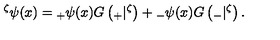
{ } ^ { \zeta } \psi ( x ) = { } _ { + } \psi ( x ) G \left( { } _ { + } | { } ^ { \zeta } \right) + { } _ { - } \psi ( x ) G \left( { } _ { - } | { } ^ { \zeta } \right) .